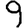
Digit: 9